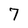
Character: 7